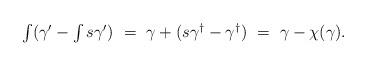
LaTeX: \begin{align*}\textstyle\int(\gamma' - \textstyle\int s\gamma')\ =\ \gamma+(s\gamma^{\dagger}-\gamma^{\dagger})\ =\ \gamma-\chi(\gamma).\end{align*}